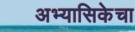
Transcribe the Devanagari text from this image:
अभ्यासिकेचा